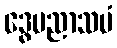
ဒွေပညာသမံ